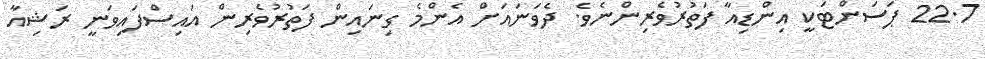
22.7 ޕަސަންޓަކީ އިންޑިއާ ފަތުރުވެރިންނެވެ. ދެވަނައަށް އެންމެ ގިނައިން ފަތުރުވެރިން އައިސްފައިވަނީ ރަޝިއާ